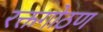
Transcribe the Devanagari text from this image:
रक्तगोठण